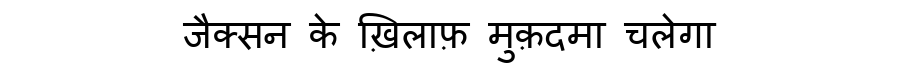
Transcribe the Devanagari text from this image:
जैक्सन के ख़िलाफ़ मुक़दमा चलेगा